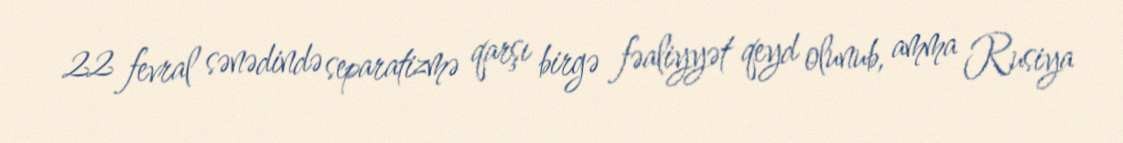
22 fevral sənədində separatizmə qarşı birgə fəaliyyət qeyd olunub, amma Rusiya